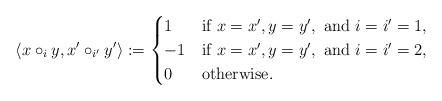
LaTeX: \begin{align*} \left\langle x \circ_i y, x' \circ_{i'} y' \right\rangle := \begin{cases} 1 & \mbox{if } x = x', y = y', \mbox{ and } i = i' = 1, \\ -1 & \mbox{if } x = x', y = y', \mbox{ and } i = i' = 2, \\ 0 & \mbox{otherwise}. \end{cases}\end{align*}